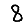
Digit: 8